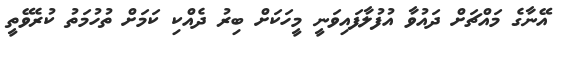
އޭނާގެ މައްޗަށް ދައުވާ އުފުލާފައިވަނީ މީހަކަށް ބިރު ދެއްކި ކަމަށް ތުހުމަތު ކުރެވޭތީ